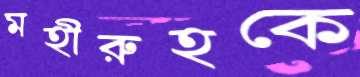
মহীরুহকে